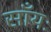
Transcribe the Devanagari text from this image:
साँयः